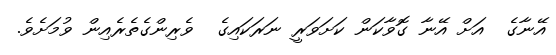
އޭނާގެ  އަށް އޭނާ ގޮވާކަން ކަށަވަރީ ނަރަކައިގެ  ވެރިންގެތެރެއިން ވުމަށެވެ.